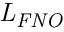
\mathit { L } _ { \mathit { F N O } }